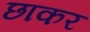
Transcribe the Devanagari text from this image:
छाकर